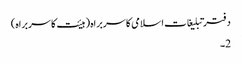
دفتر تبلیغات اسلامی کا سربراہ (ہیئت کا سربراہ)
2۔